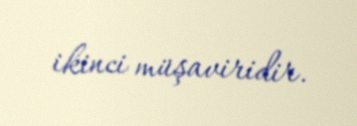
ikinci müşaviridir.